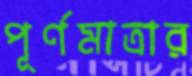
পূর্ণমাত্রার